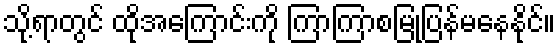
သို့ရာတွင် ထိုအကြောင်းကို ကြာကြာစမြုံ့ပြန်မနေနိုင်။